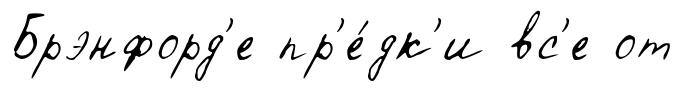
Брэнфорд'е пр'е́дк'и вс'е от